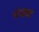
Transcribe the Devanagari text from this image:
चंपावट